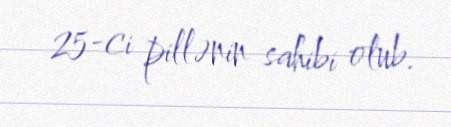
25-ci pillənin sahibi olub.